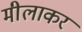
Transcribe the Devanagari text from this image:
मीलाकर